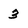
Character: 3